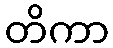
တိကာ